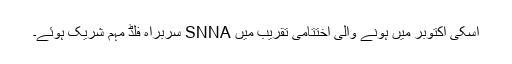
اسکی اکتوبر میں ہونے والی اختتامی تقریب میں SNNA سربراہ فلڈ مہم شریک ہوئے۔